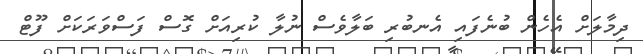
ދިމާލަށް އެހެން ބުނެފައި އެނބުރި ބަލާވެސް ނުލާ ކުރިއަށް ގޮސް ފަސްވަރަކަށް ފޫޓް